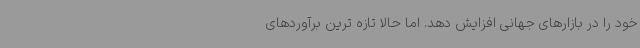
خود را در بازارهای جهانی افزایش دهد. اما حالا تازه ترین برآوردهای